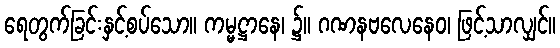
ရေတွက်ခြင်းနှင့်စပ်သော။ ကမ္မဋ္ဌာနေ၊ ၌။ ဂဏနဗလေနေဝ၊ ဖြင့်သာလျှင်။